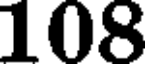
108